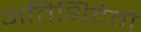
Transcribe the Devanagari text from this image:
अतिथिदेवो